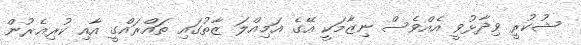
ޝުކުރީ ވިދާޅުވީ އެއްވެސް ނިޒާމަކީ އޭގެ އަމިއްލަ ޒާތުގައި ތައްރައްގީ އާއި ކުރިއެރުން